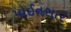
પોઈનસાર